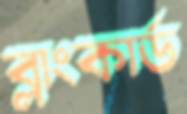
ব্লাংকার্ড